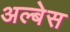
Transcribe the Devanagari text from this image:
अल्बेस